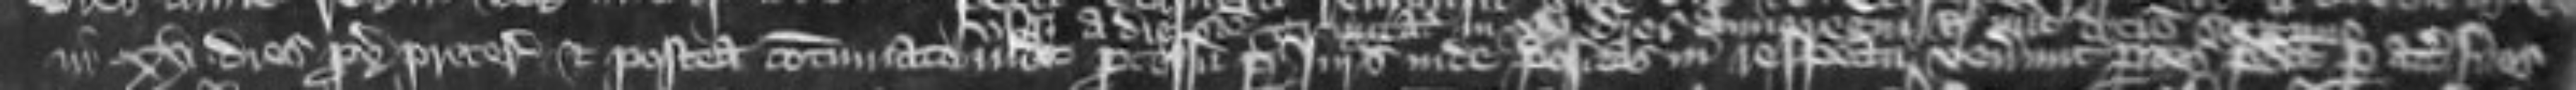
in xv dies proximo preterito Et postea continuato inde processu per juratas inde positas in respectum venerunt partes predicte per attornatos suos